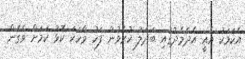
އެކަމަކު އެއީ އެދެމެދުގައި ބަދަލު ކުރެވުނު ފަހު ވާހަކަ ކޮޅު ކަމަށް ވެގެން